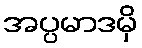
အပ္ပမာဒမှိ